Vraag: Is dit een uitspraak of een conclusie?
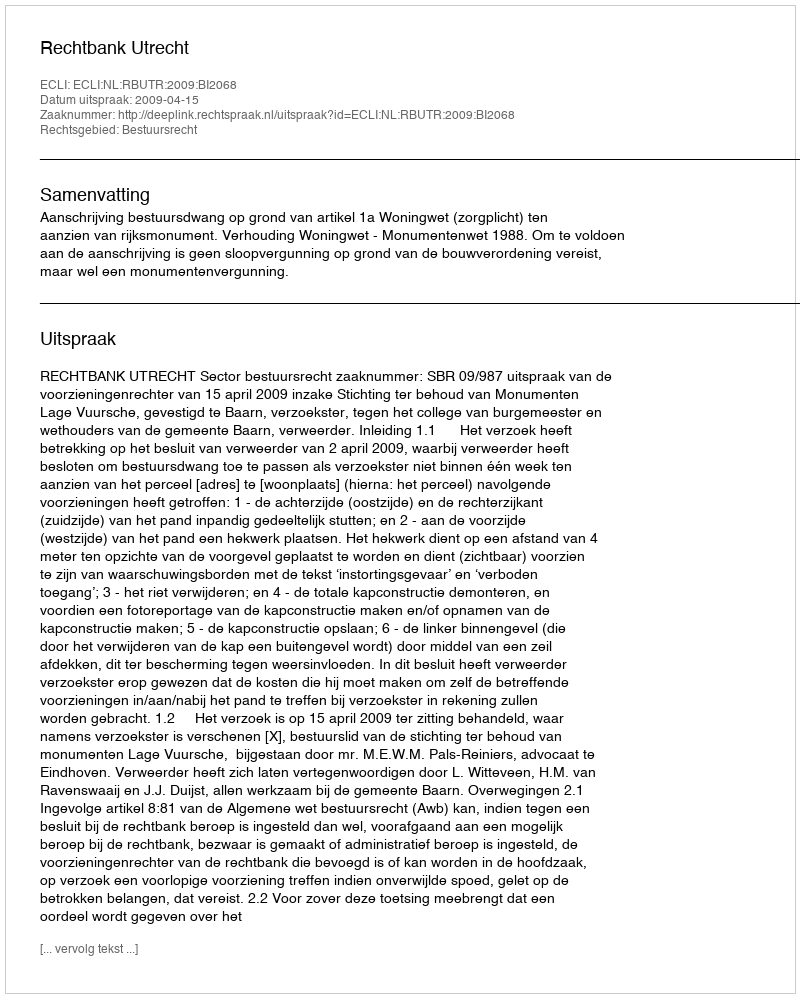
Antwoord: Uitspraak